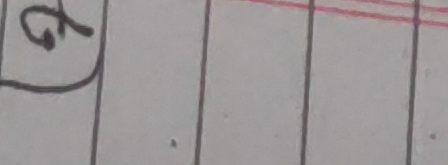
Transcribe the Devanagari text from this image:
७